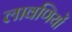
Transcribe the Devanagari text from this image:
लावणियों